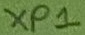
Text: XP1